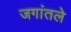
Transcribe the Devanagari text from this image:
जगांतले